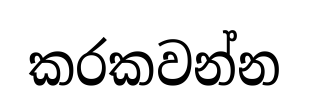
කරකවන්න